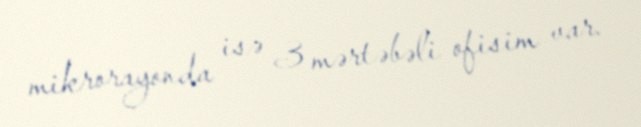
mikrorayonda isə 3 mərtəbəli ofisim var.